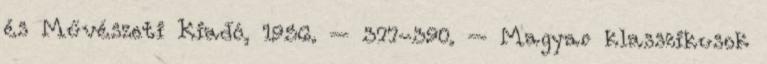
és Művészeti Kiadó, 1956. – 377-390. – Magyar klasszikusok